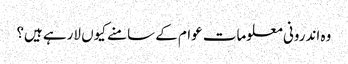
وہ اندرونی معلومات عوام کے سامنے کیوں لارہے ہیں؟